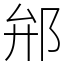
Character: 𨚕